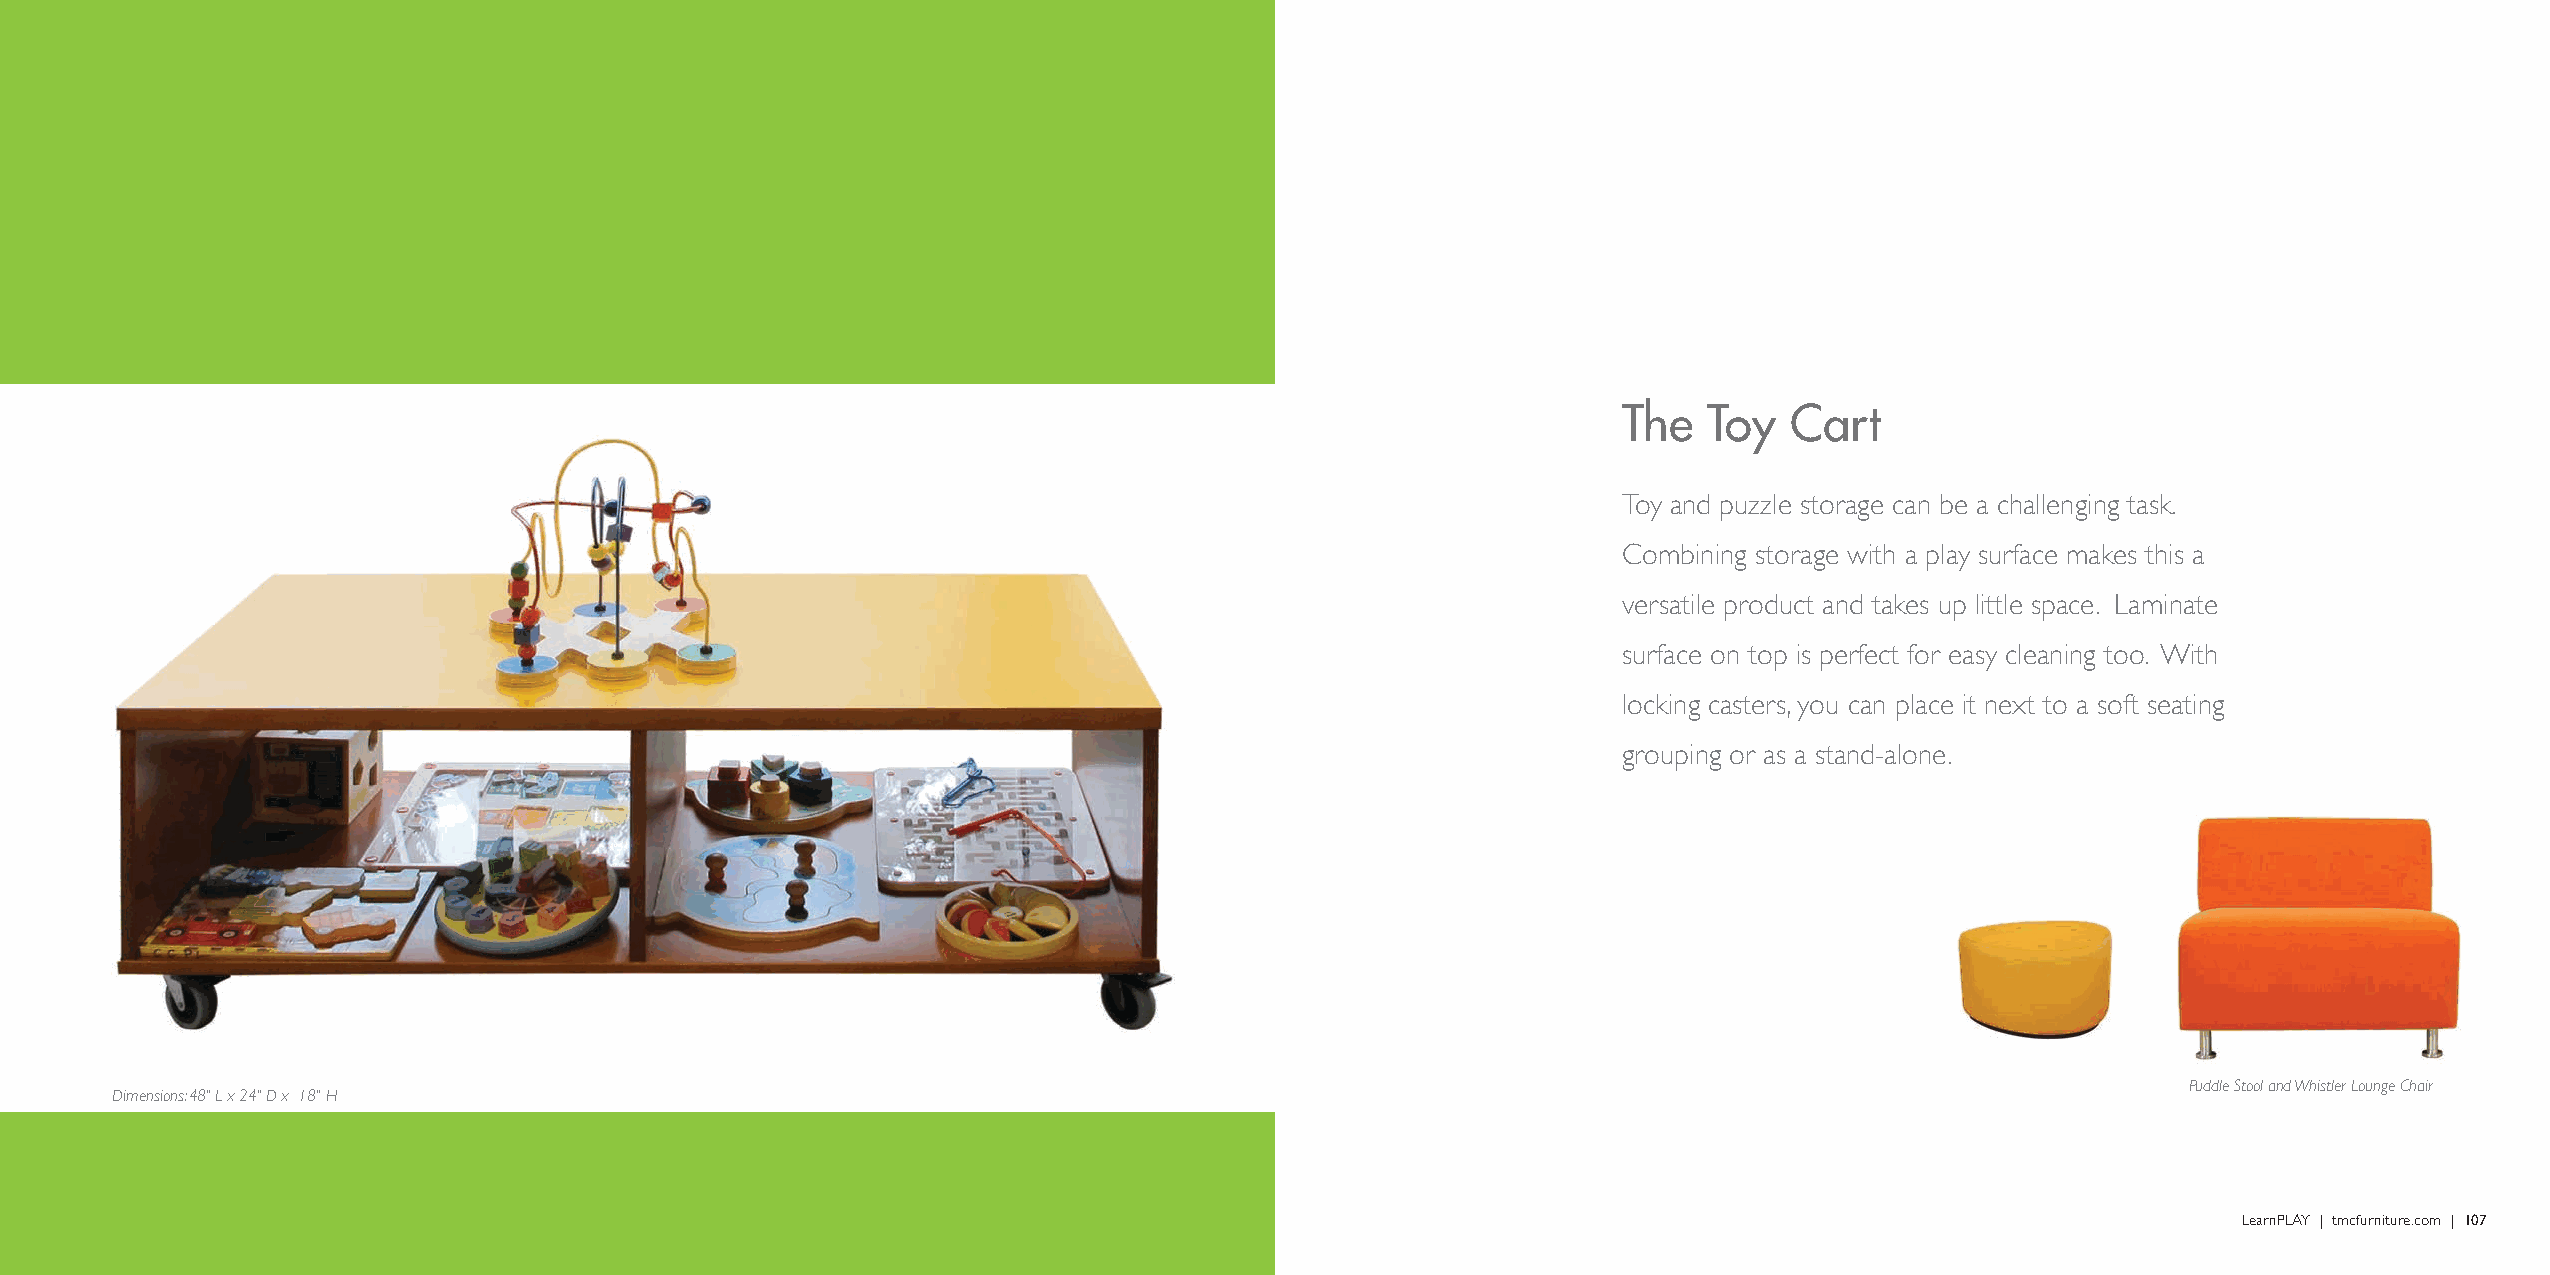
The   Toy   Cart
 Toy and puzzle storage can be a challenging task.
 Combining storage with a play surface makes this a
 versatile product and takes up little space. Laminate
 surface on top is perfect for easy cleaning too. With
 locking casters, you can place it next to a soft seating
 grouping or as a stand-alone.
 Puddle Stool and Whistler Lounge Chair
 Dimensions: 48" L x 24" D x 18" H
 LearnPLAY | tmcfurniture.com | 107